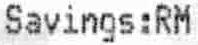
SAVINGS:RM